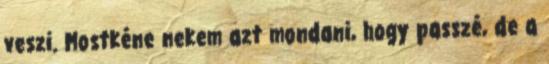
veszi. Mostkéne nekem azt mondani, hogy passzé, de a